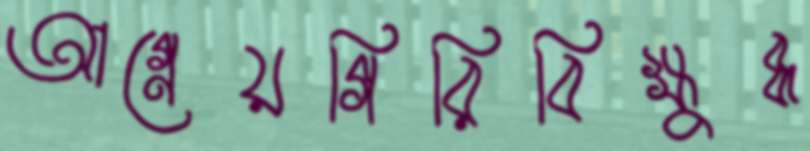
আগ্নেয়গিরিবিক্ষুব্ধ